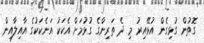
ގޮތުން ގުޅިގެން އުޅޭއިރު މި ދެ ތަރިންގެ ގުޅުމަށް އެކަކު އަނެކަކުގެ އާއިލާއިން